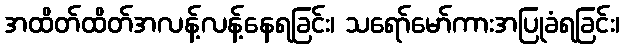
အထိတ်ထိတ်အလန့်လန့်နေရခြင်း၊ သရော်မော်ကားအပြုခံရခြင်း၊